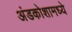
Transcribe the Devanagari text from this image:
अंडकोशामध्ये